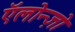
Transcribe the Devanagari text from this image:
ऍलोन्ज़ो